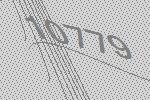
10779